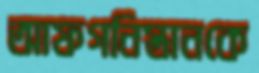
আফগনিস্তানকে